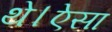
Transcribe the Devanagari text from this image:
थे।ऐसा